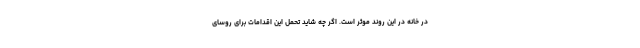
در خانه در این روند موثر ‌است. اگر چه شاید تحمل این اقدامات برای روسای